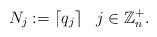
LaTeX: \begin{align*} N_j:=\left\lceil q_j\right\rceil~~j\in\mathbb{Z}_{n}^+.\end{align*}